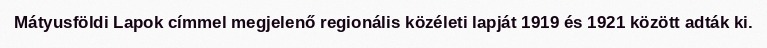
Mátyusföldi Lapok címmel megjelenő regionális közéleti lapját 1919 és 1921 között adták ki.